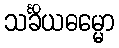
သင်္ခိယဓမ္မော